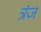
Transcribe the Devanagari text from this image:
त्रंज